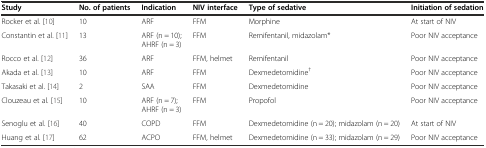
<table><thead><tr><td><b>Study</b></td><td><b>No. of patients</b></td><td><b>Indication</b></td><td><b>NIV interface</b></td><td><b>Type of sedative</b></td><td><b>Initiation of sedation</b></td></tr></thead><tbody><tr><td>Rocker et al. [10]</td><td>10</td><td>ARF</td><td>FFM</td><td>Morphine</td><td>At start of NIV</td></tr><tr><td>Constantin et al. [11]</td><td>13</td><td>ARF (n = 10); AHRF (n = 3)</td><td>FFM</td><td>Remifentanil, midazolam*</td><td>Poor NIV acceptance</td></tr><tr><td>Rocco et al. [12]</td><td>36</td><td>ARF</td><td>FFM, helmet</td><td>Remifentanil</td><td>Poor NIV acceptance</td></tr><tr><td>Akada et al. [13]</td><td>10</td><td>ARF</td><td>FFM</td><td>Dexmedetomidine<sup>†</sup></td><td>Poor NIV acceptance</td></tr><tr><td>Takasaki et al. [14]</td><td>2</td><td>SAA</td><td>FFM</td><td>Dexmedetomidine</td><td>Poor NIV acceptance</td></tr><tr><td>Clouzeau et al. [15]</td><td>10</td><td>ARF (n = 7); AHRF (n = 3)</td><td>FFM</td><td>Propofol</td><td>Poor NIV acceptance</td></tr><tr><td>Senoglu et al. [16]</td><td>40</td><td>COPD</td><td>FFM</td><td>Dexmedetomidine (n = 20); midazolam (n = 20)</td><td>At start of NIV</td></tr><tr><td>Huang et al. [17]</td><td>62</td><td>ACPO</td><td>FFM, helmet</td><td>Dexmedetomidine (n = 33); midazolam (n = 29)</td><td>Poor NIV acceptance</td></tr></tbody></table>